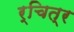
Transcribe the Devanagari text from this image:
र्चित्र